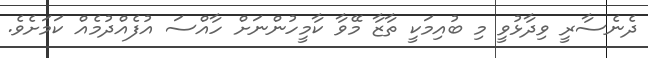
ދެނެސާރީ ވިދާޅުވީ މި ބުއިމަކީ ތާޒާ މޭވާ ކާމީހުންނަށް ހާއްސަ އުފެއްދުމެއް ކަމަށެވެ.